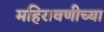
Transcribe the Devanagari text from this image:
महिरावणीच्या